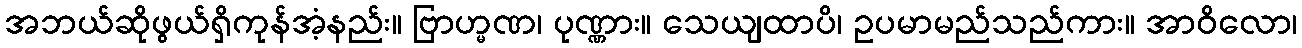
အဘယ်ဆိုဖွယ်ရှိကုန်အံ့နည်း။ ဗြာဟ္မဏ၊ ပုဏ္ဏား။ သေယျထာပိ၊ ဥပမာမည်သည်ကား။ အာဝိလော၊